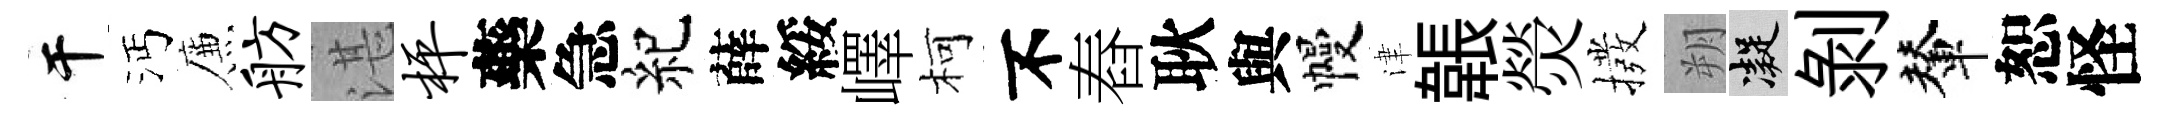
干沔簾舫湛枰藥急紀薛綏嶧柯不舂耿與幔津韔熒撥朔凝剥輦恕怪